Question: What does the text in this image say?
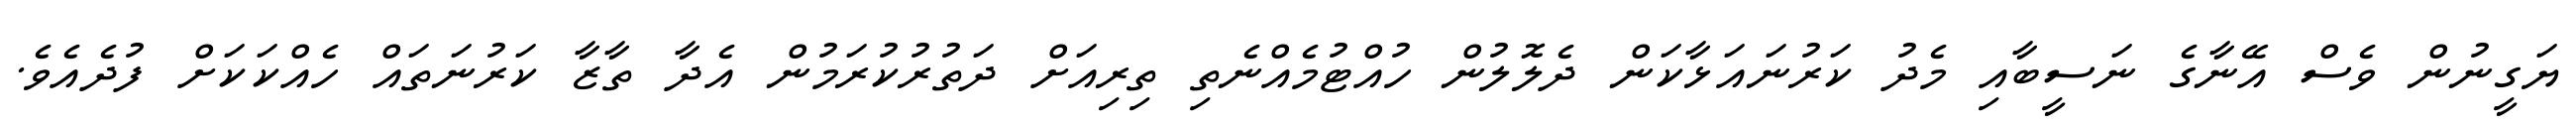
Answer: ޔަގީނުން ވެސް އޭނާގެ ނަސީބާއި މެދު ކަރުނައަޅާކަން ދެލޮލުން ހުއްޓުމެއްނެތި ތިރިއަށް ދަތުރުކުރަމުން އެދާ ތާޒާ ކަރުނަތައް ހެއްކަކަށް ފުދެއެވެ.